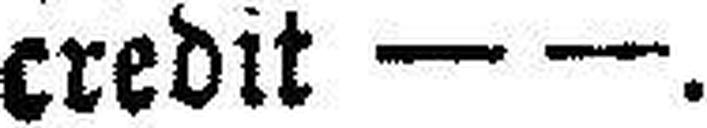
credit — —.